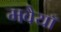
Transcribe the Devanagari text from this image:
मवैयाँ